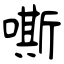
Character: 嘶